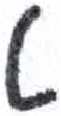
אות: ט